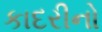
કાદરીનો